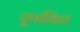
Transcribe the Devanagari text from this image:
पूर्णांकित